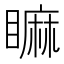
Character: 𥊚